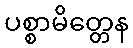
ပစ္စာမိတ္တေန